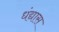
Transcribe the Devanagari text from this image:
धंद्यास